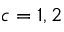
c = 1 , 2